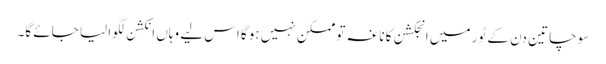
سوچا تین دن کے ٹور میں انجکشن کا ناغہ تو ممکن نہیں ہوگا اس لیے وہاں انکشن لگوا لیا جائے گا۔